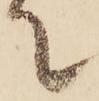
て